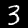
Label: 3